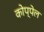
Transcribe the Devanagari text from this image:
कोप्पेल